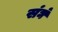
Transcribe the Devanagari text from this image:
संघं